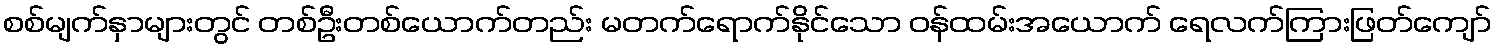
စစ်မျက်နှာများတွင် တစ်ဦးတစ်ယောက်တည်း မတက်ရောက်နိုင်သော ဝန်ထမ်းအယောက် ရေလက်ကြားဖြတ်ကျော်